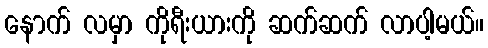
နောက် လမှာ ကိုရီးယားကို ဆက်ဆက် လာပါ့မယ်။